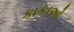
કાકાઓ